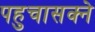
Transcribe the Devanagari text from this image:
पहुचासक्ने